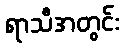
ရာသီအတွင်း